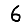
Digit: 6